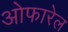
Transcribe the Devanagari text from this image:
ओफारेल